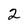
Character: 2